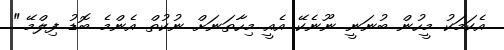
އެކަމަކު މީހުން ބުނަނީ ނޫނެކޭ އެއީ މިހާތަނަށް ނުކުތް އެންމެ ބޮޑު ފިލްމޭ."